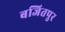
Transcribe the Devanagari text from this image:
बजितपुर